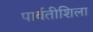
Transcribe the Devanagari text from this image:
पार्वतीशिला